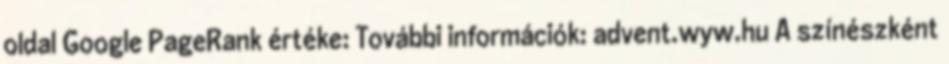
oldal Google PageRank értéke: További információk: advent.wyw.hu A színészként